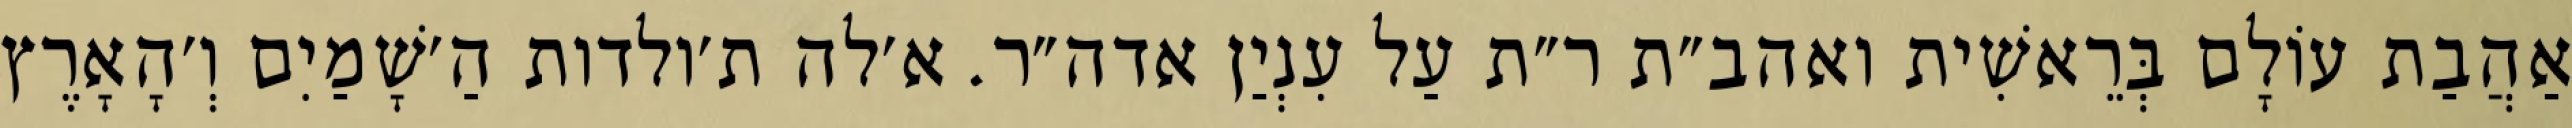
אַהֲבַת עוֹלָם בְּרֵאשִׁית ואהב״ת ר״ת עַל עִנְיַן אדה״ר. א׳לה ת׳ולדות הַ׳שָׁמַיִם וְ׳הָאָרֶץ